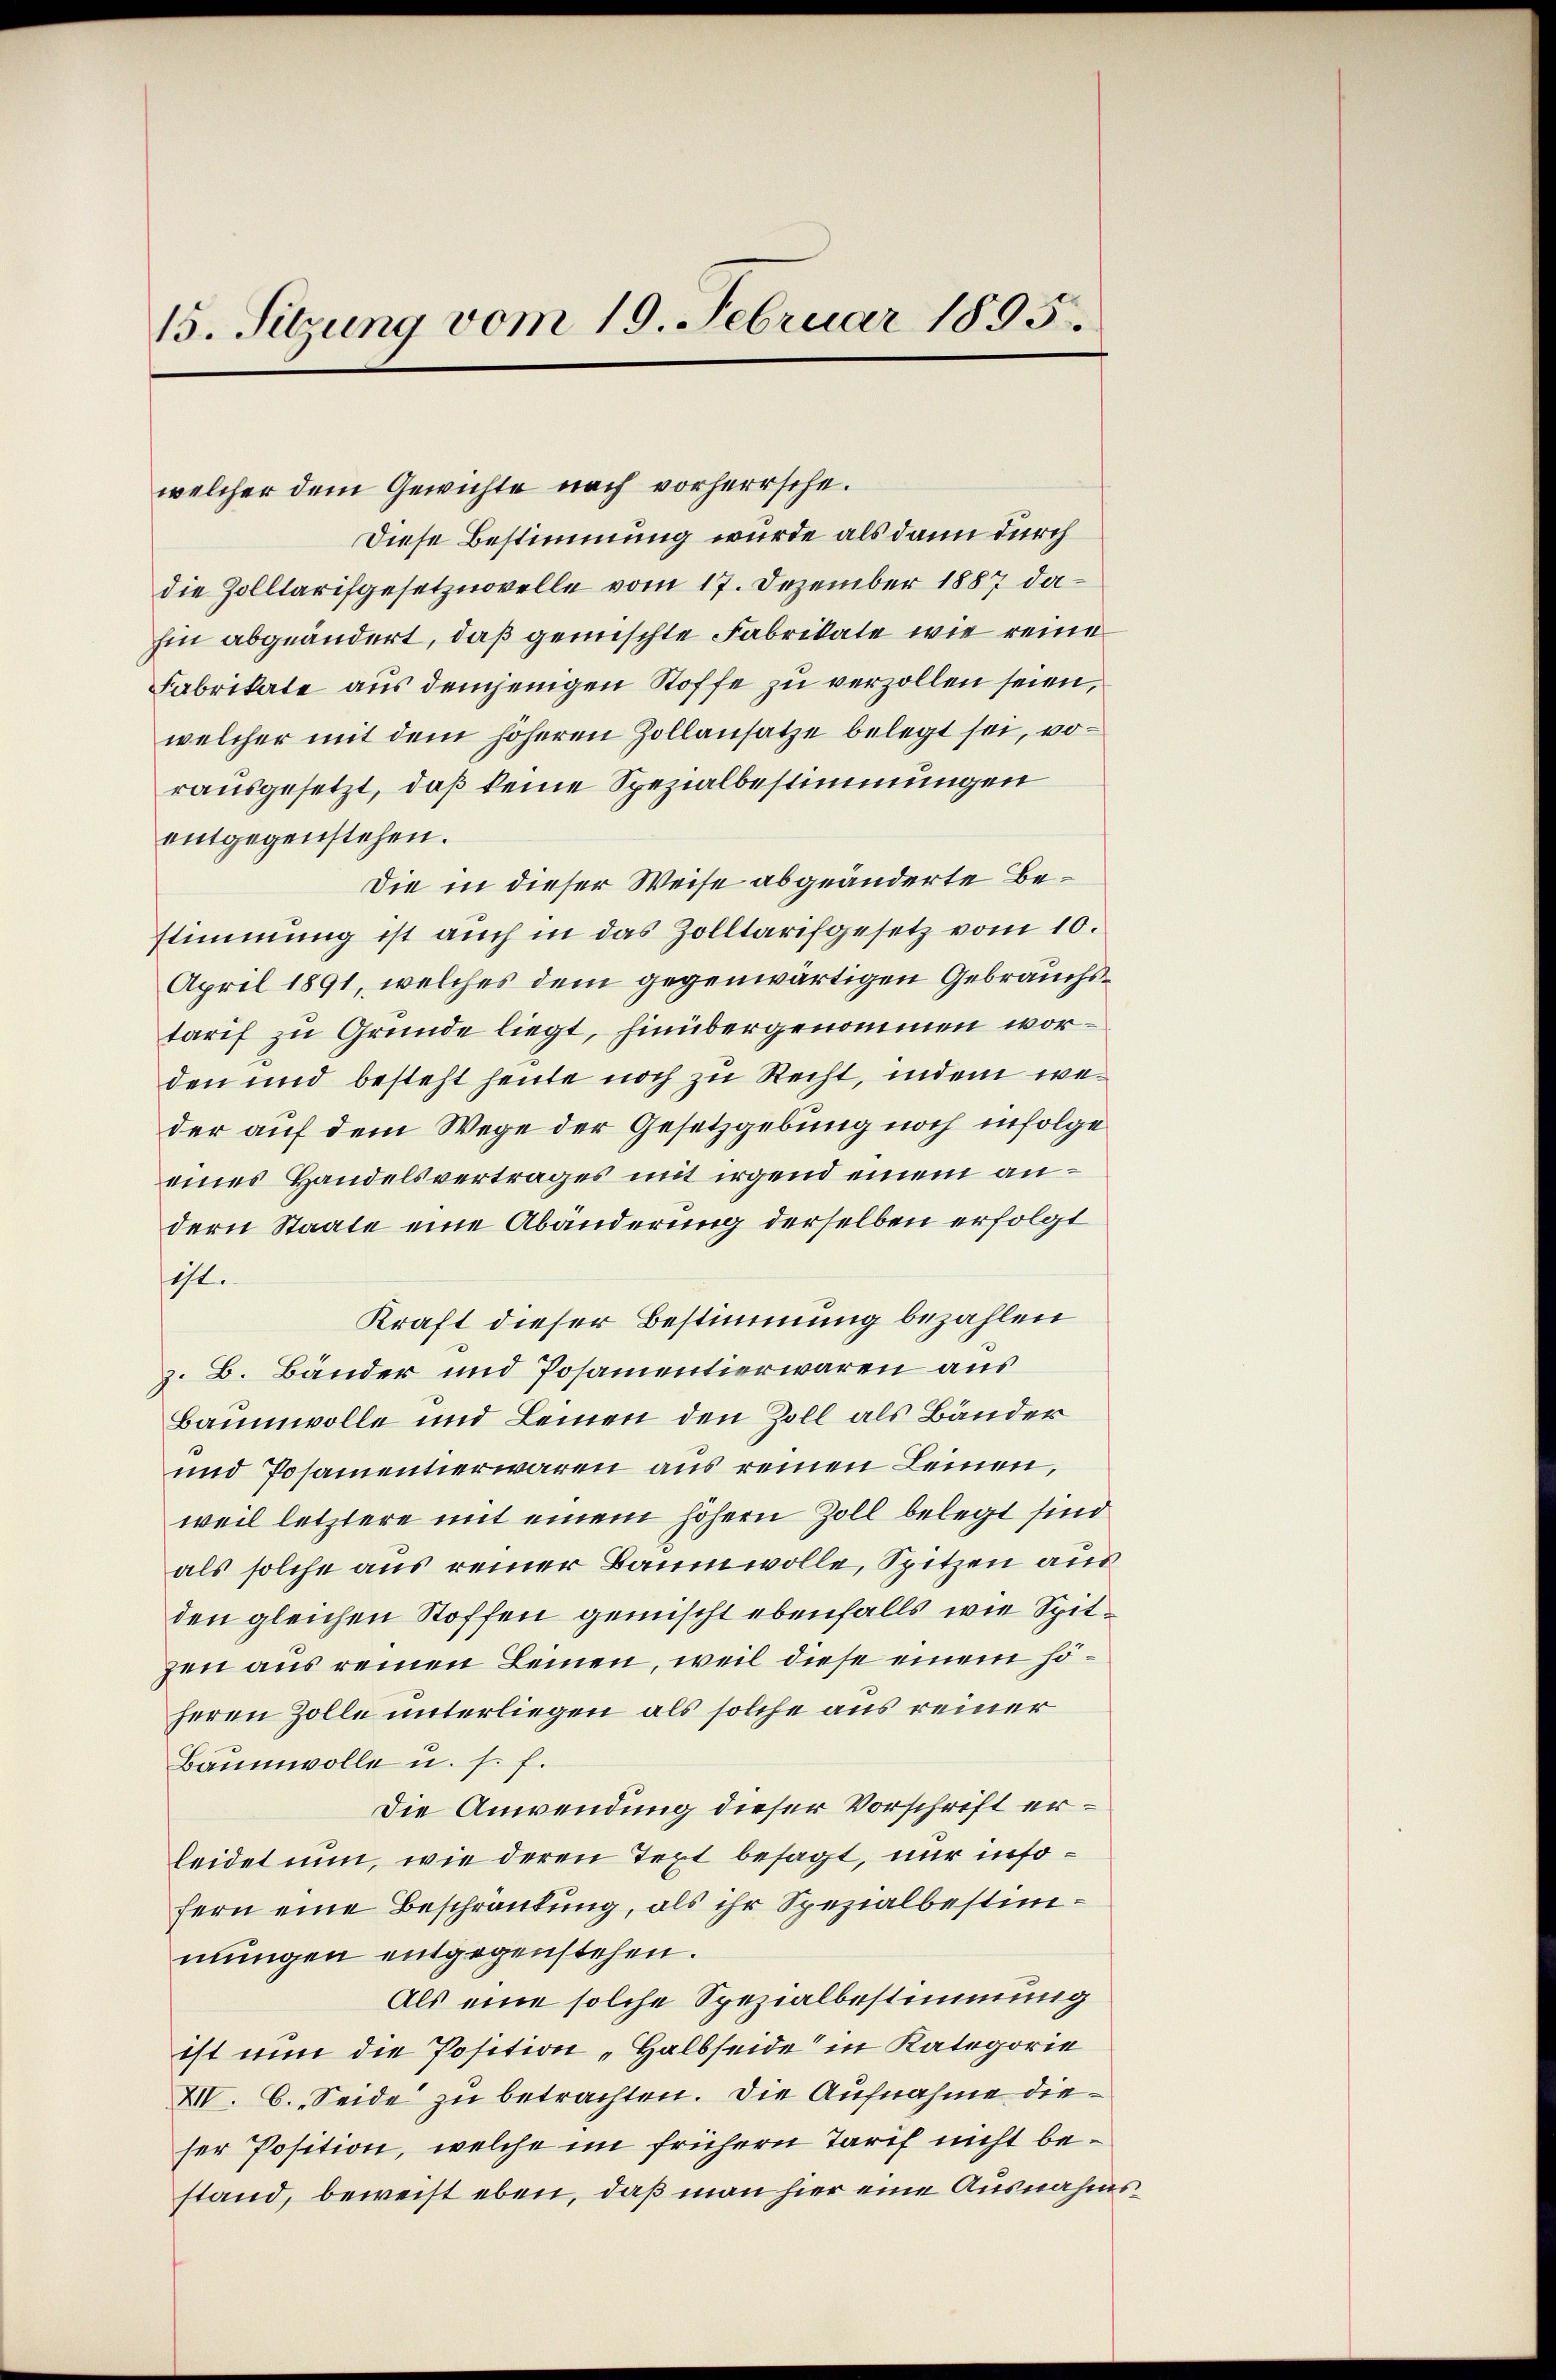
15. Sitzung vom 19. Februar 1895.

welcher dem Gewichte nach vorherrsche.
Diese Bestimmung wurde als dann durch
die Zolltarifgesetznovelle vom 17. Dezember 1887 dahin abgeändert, daß gemischte Fabrikate wie reine
Fabrikate aus demjenigen Stoffe zu verzollen seien,
welcher mit dem höheren Zollausatze belegt sei, worausgesetzt, daß keine Spezialbestimmungen
entgegenstehen.
Die in dieser Weise abgeänderte Bestimmung ist auch in das Zolltarifgesetz vom 10.
April 1891, welches dem gegenwärtigen Gebrauchstarif zu Grunde liegt, hinübergenommen worden und besteht heute noch zu Recht, indem weder auf dem Wege der Gesetzgebung noch infolge
eines Handelsvertrages mit irgend einem andern Staate eine Abänderung derselben erfolgt
ist.
Kraft dieser Bestimmung bezahlen
z. B. Bänder und Posamentier waren aus
Baumwolle und Leinen den Zoll als Bänder
und Posamentier waren aus reinen Leinen,
weil letztere mit einem höhern Zoll belegt sind
als solche aus reiner Baumwolle, Spitzen aus
den gleichen Stoffen gemischt ebenfalls wie Spitzen aus reinen Leinen, weil diese einem höheren Zolle unterliegen als solche aus reiner
Baumwolle u. s. f.
Die Anwendung dieser Vorschrift erleidet nun, wie deren Text besagt, nur insofern eine Beschränkung, als ihr Spezialbestimmungen entgegenstehen.
Als eine solche Spezialbestimmung
ist nun die Position „Halbseide in Kategorie
XIV. C. Seide zu betrachten. Die Aufnahme dieser Position, welche im frühern Tarif nicht bestand, beweist eben, daß man hier eine Ausnahms¬